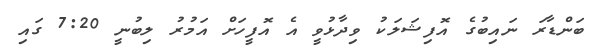
ބަންޑާރަ ނައިބުގެ އޮފިޝަލަކު ވިދާޅުވީ އެ އޮފީހަށް އަމުރު ލިބުނީ 7:20 ގައި